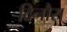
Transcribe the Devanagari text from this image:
दिनौरा